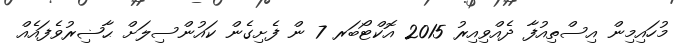
މުހައިމިން އިސްތިއުފާ ދެއްވިއިރު 2015 އޮކްޓޯބަރ 7 ން ފެށިގެން ކައުންސިލަށް ޙާޟިރުވެފައެއް